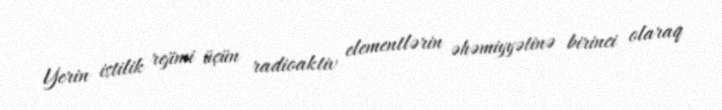
Yerin istilik rejimi üçün radioaktiv elementlərin əhəmiyyətinə birinci olaraq